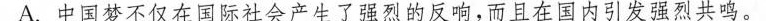
(2分)A.中国梦不仅在国际社会产生了强烈的反响，而且在国内引发强烈共鸣。